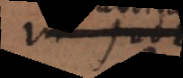
in ejus